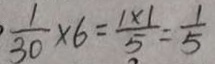
\frac { 1 } { 3 0 } \times 6 = \frac { 1 \times 1 } { 5 } = \frac { 1 } { 5 }